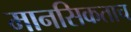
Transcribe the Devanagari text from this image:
मानसिकताच